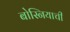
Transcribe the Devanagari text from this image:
बोस्नियाची